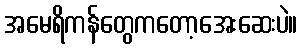
အမေရိကန်တွေကတော့အေးဆေးပဲ။